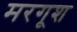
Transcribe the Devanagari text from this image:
मरगूश